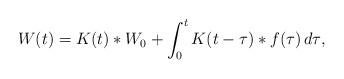
LaTeX: \begin{align*}W(t)=K(t)\ast W_{0}+\int_{0}^{t}{K(t-\tau)\ast f(\tau)\,d\tau},\end{align*}